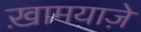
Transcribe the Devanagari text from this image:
ख़ामयाजे़